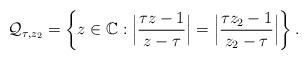
LaTeX: \begin{align*} \mathcal{Q}_{\tau,z_2} &=\left\{z\in \mathbb{C}: \Big|\frac{\tau z-1}{z-\tau} \Big|= \Big|\frac{\tau z_{2}-1}{z_{2}-\tau} \Big|\right\}. \end{align*}